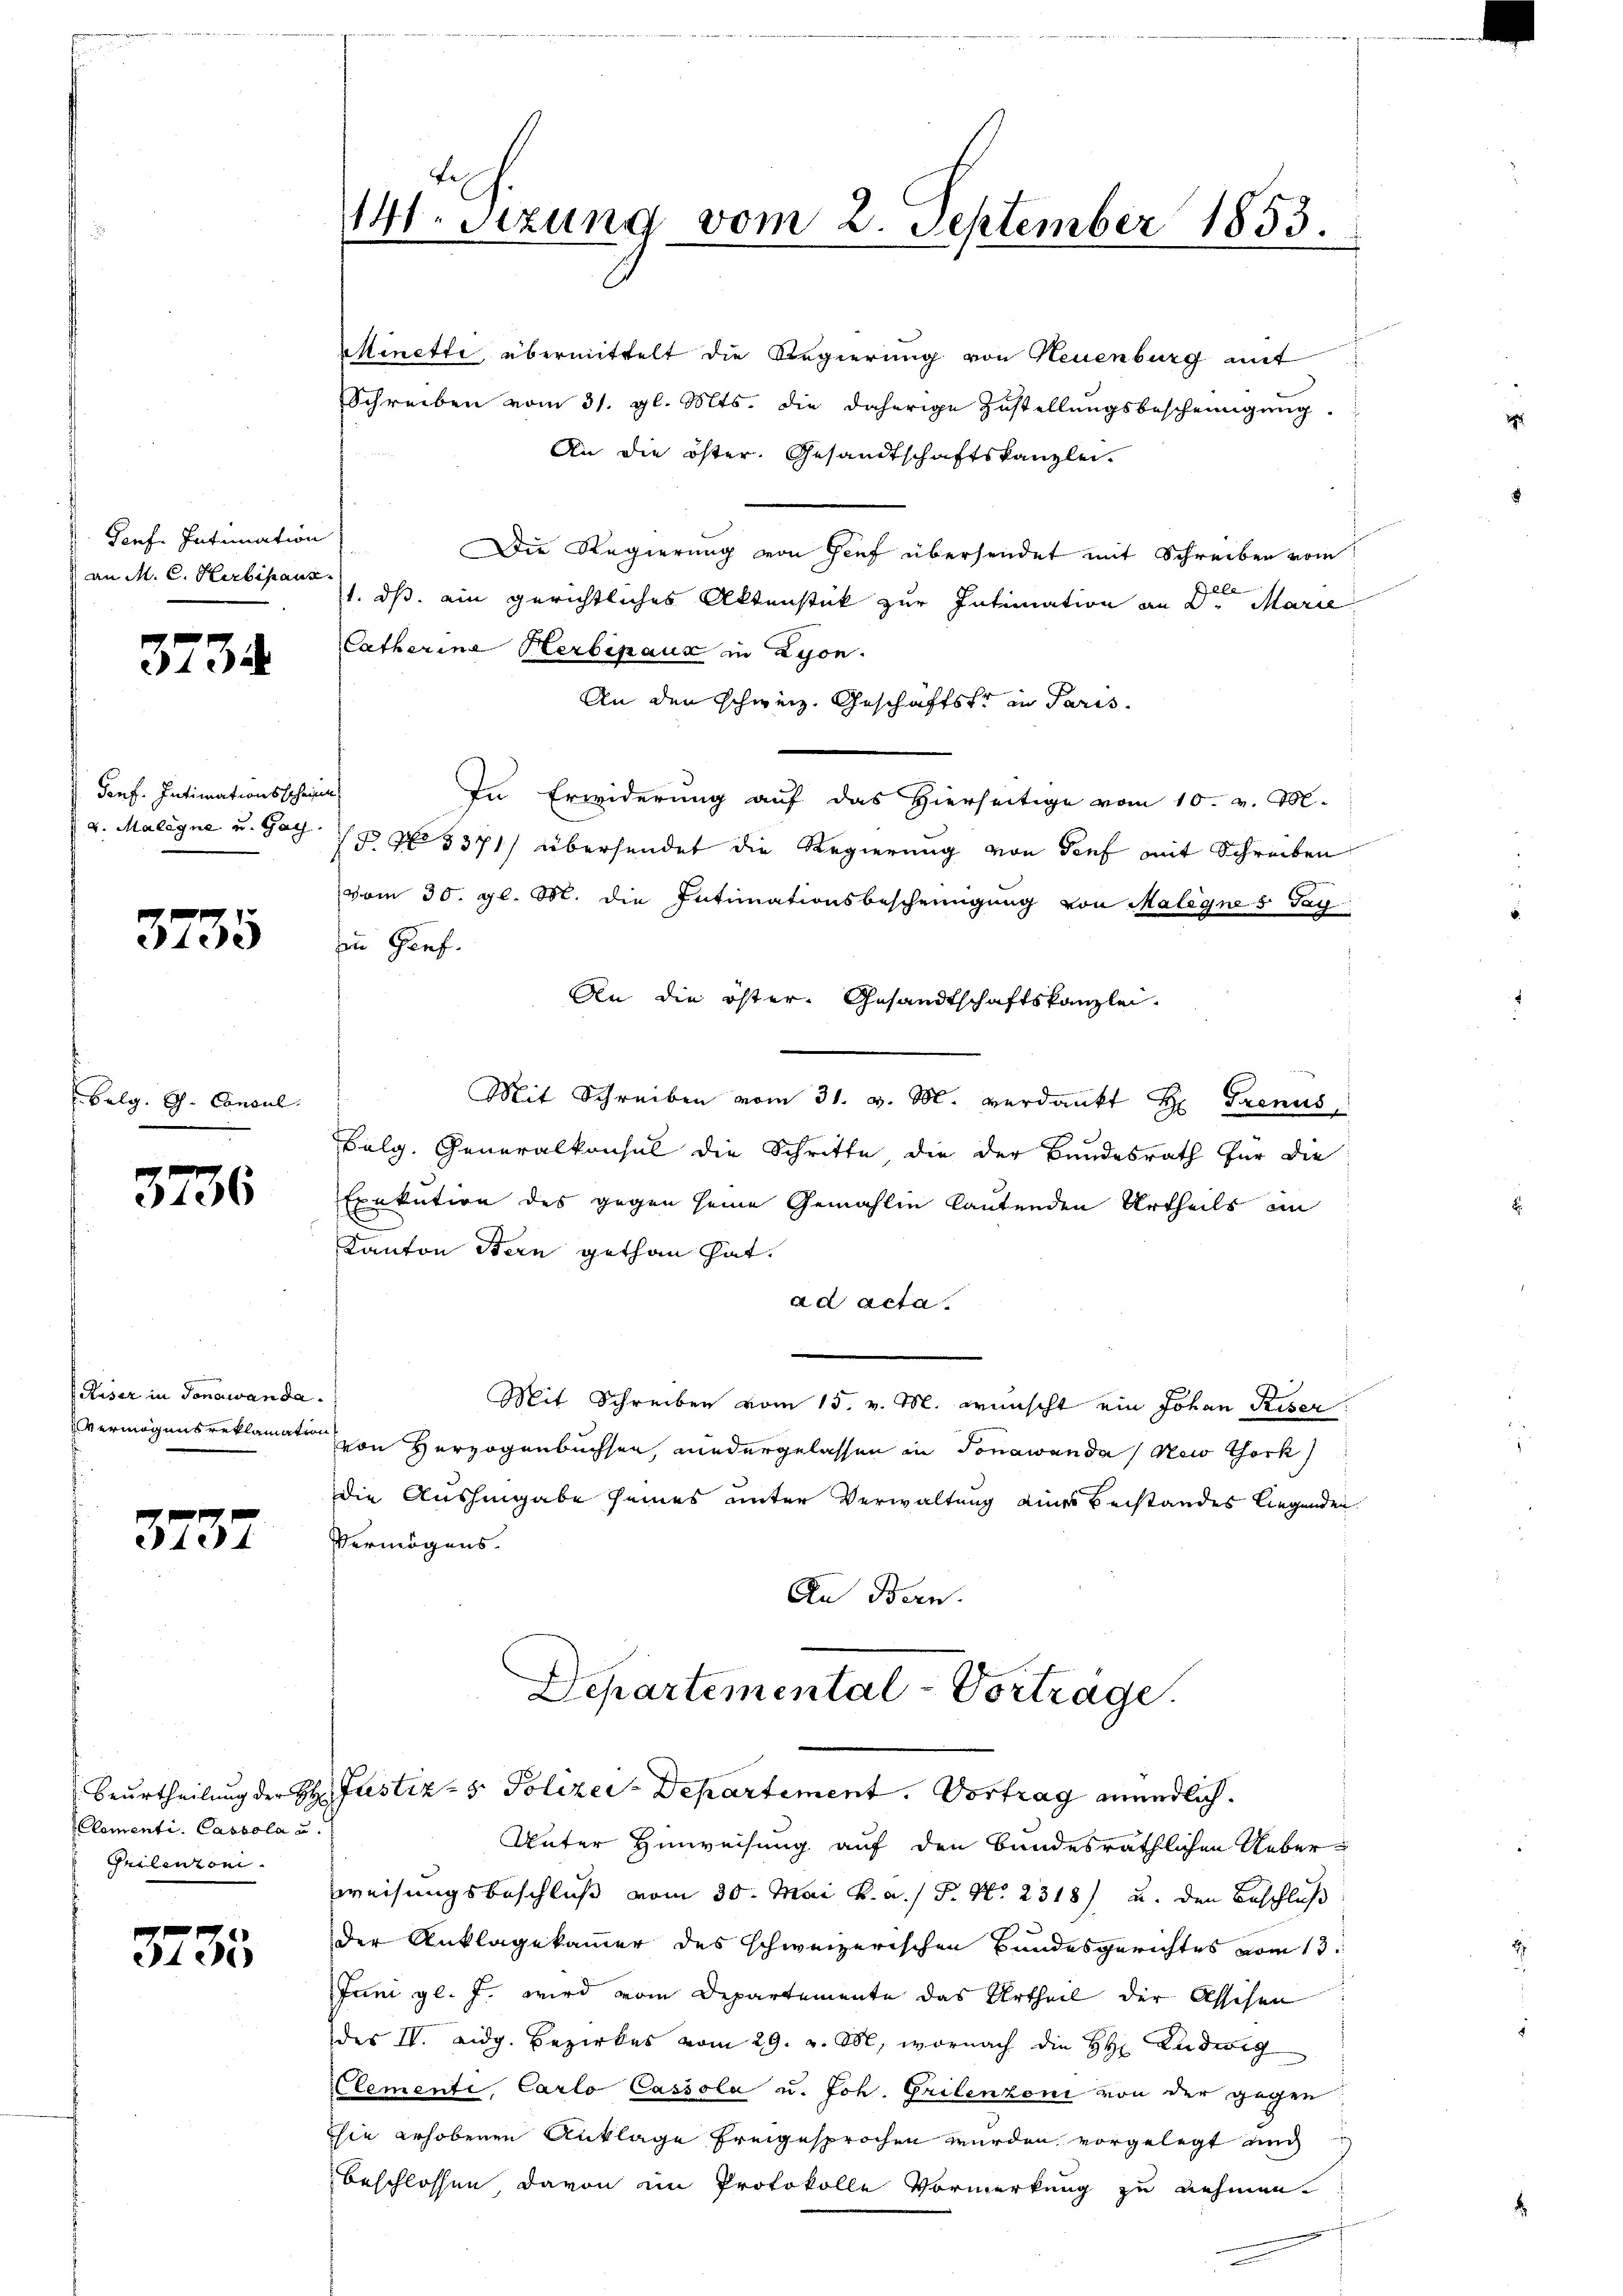
Genf. Intimation
an M. C. Herbehaus

3735

Ponf. Intimationsschei
 v. Malegne u. Gag

3735

Belg. G. Concul.

3736

Riser in Jonawanda
Vermögens reklamatio

3737

Beurtheilung der HH
Elementi. Cassola u.
Cheilenten.

3735

11. Setzung vom 2. September 1853.

Minetti, übermittelt die Regierung von Neuenburg mit
Schreiben vom 31. gl. Mts. die daherige Zustellŭngsbescheinigŭng.
An die öster, Gesandtschaftskanzlei.
Die Regierung von Genf übersendet mit Schreiben vom
1. ds. ein gerichtliches Aktenstück zur Intimation an Dr Marie
Catharine Herbenaus in Lyon.
An den schweiz. Geschäftster in Paris
¬
In Erwiderung auf das Hierseitige vom 10. v. M.
P. Nr. 5371/ übersendet die Regierung von Tief mit Schreiben
vom 30. gl. M. die Intimationsbescheingung von Malegnes Tat
in Genf.
An die öster, Gesandtschaftskanzlei.
Mit Schreiben vom 31. v. M. verdankt H Pronus,
Felg. Generalkonsul die Schritte die der Bundesrath für die
Exekution des gegen seine Gemahlen lautenden Urtheils im
Kanton Stern gethan hat.
ad acta
Mit Schreiben vom 15. v. M. wünscht ein Johann Riser
von Herzogenbuchsen, niedergelassen in Jonawanda (Nei thork
die Aushingabe seines unter Verwaltung eines Beistandes liegenden
Vermögens.
An Bern.
Departemental-Vortrage.
Justiz- & Polizei-Departement. Vortrag mündlich.
Unter Hinweisung auf den bundesräthlichen Ueberweisungsbeschluß vom 30. Mai v. a. P. Nr. 2318) u. den Beschluß
der Anklagekammer des schweizerischen Bundesgerichtes vom 13.
Juni gl. J. wird vom Departemente das Urtheil der Asschen
des IV. eidg. Bezirkes vom 29. v. M., wornach die H. Ludwig
Clemente, Carlo Cassola u. Joh. Grilenzoni von der gegen
hie erhobenen Anklage freigesprochen wurden, vorgelegt und
beschlossen davon im Protokolle Vormerkung zu nehmen